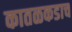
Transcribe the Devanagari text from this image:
कातळकडाच